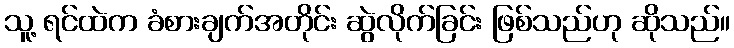
သူ့ ရင်ထဲက ခံစားချက်အတိုင်း ဆွဲလိုက်ခြင်း ဖြစ်သည်ဟု ဆိုသည်။